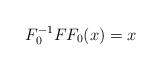
LaTeX: \begin{align*}F^{-1}_0 F F_0(x)=x\end{align*}